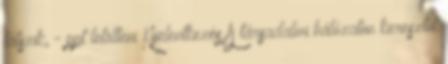
látszik, - ppt letölteni Kijelentkezés A társadalmi hálózaton keresztül